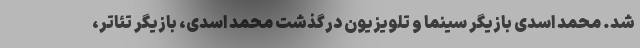
شد. محمد اسدی بازیگر سینما و تلویزیون درگذشت محمد اسدی، بازیگر تئاتر،